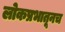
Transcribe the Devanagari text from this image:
लोकप्रभातूनच